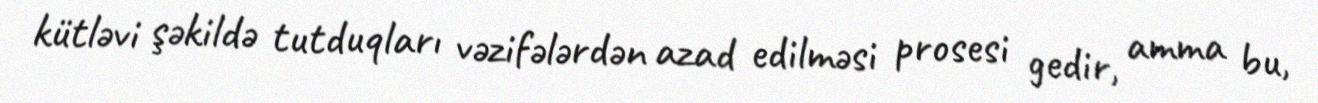
kütləvi şəkildə tutduqları vəzifələrdən azad edilməsi prosesi gedir, amma bu,